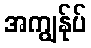
အကျွန်ုပ်